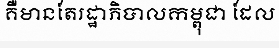
គឺមានតែរដ្ឋាភិបាលកម្ពុជា ដែល